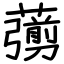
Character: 𦿶